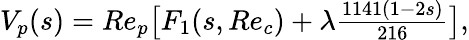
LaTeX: \begin{array}{r}{V_{p}(s)=Re_{p}\big[F_{1}(s,Re_{c})+\lambda\frac{1141(1-2s)}{216}\big],}\end{array}